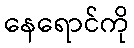
နေရောင်ကို